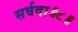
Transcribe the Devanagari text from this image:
सर्वदा॥८॥